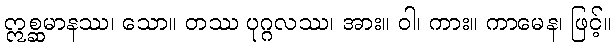
ဣစ္ဆမာနဿ၊ သော။ တဿ ပုဂ္ဂလဿ၊ အား။ ဝါ၊ ကား။ ကာမေန၊ ဖြင့်။